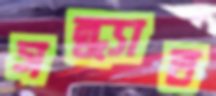
সন্ধ্যাত